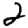
Digit: 2